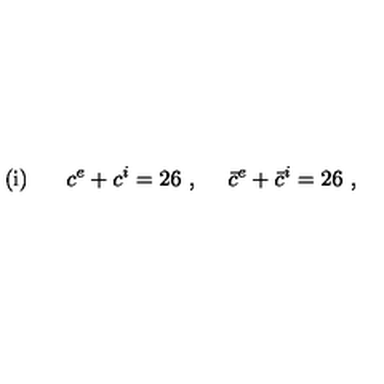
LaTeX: \mathrm { ( i ) } \phantom { m m } c ^ { e } + c ^ { i } = 2 6 \ , \quad \ \bar { c } ^ { e } + \bar { c } ^ { i } = 2 6 \ , \phantom { Z e i c h n u n g Z e i c h n u n g Z e i c h n }